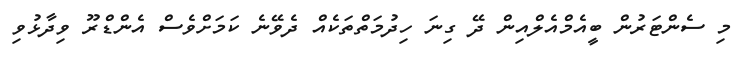
މި ސެންޓަރުން ބީއެމްއެލްއިން ދޭ ގިނަ ހިދުމަތްތަކެއް ދެވޭނެ ކަމަށްވެސް އެންޑްރޫ ވިދާޅުވި